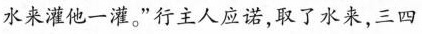
水来灌他一灌。”行主人应诺，取了水来，三四